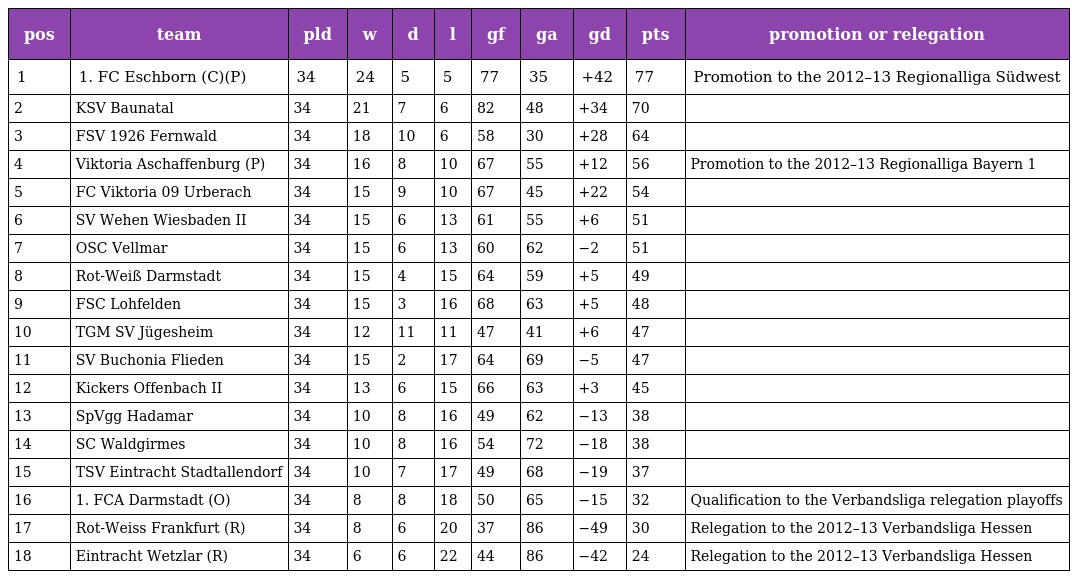
| pos | team | pld | w | d | l | gf | ga | gd | pts | promotion or relegation |
 | --- | --- | --- | --- | --- | --- | --- | --- | --- | --- | --- |
 | 1 | 1. FC Eschborn (C)(P) | 34 | 24 | 5 | 5 | 77 | 35 | +42 | 77 | Promotion to the 2012–13 Regionalliga Südwest |
 | 2 | KSV Baunatal | 34 | 21 | 7 | 6 | 82 | 48 | +34 | 70 |  |
 | 3 | FSV 1926 Fernwald | 34 | 18 | 10 | 6 | 58 | 30 | +28 | 64 |  |
 | 4 | Viktoria Aschaffenburg (P) | 34 | 16 | 8 | 10 | 67 | 55 | +12 | 56 | Promotion to the 2012–13 Regionalliga Bayern 1 |
 | 5 | FC Viktoria 09 Urberach | 34 | 15 | 9 | 10 | 67 | 45 | +22 | 54 |  |
 | 6 | SV Wehen Wiesbaden II | 34 | 15 | 6 | 13 | 61 | 55 | +6 | 51 |  |
 | 7 | OSC Vellmar | 34 | 15 | 6 | 13 | 60 | 62 | −2 | 51 |  |
 | 8 | Rot-Weiß Darmstadt | 34 | 15 | 4 | 15 | 64 | 59 | +5 | 49 |  |
 | 9 | FSC Lohfelden | 34 | 15 | 3 | 16 | 68 | 63 | +5 | 48 |  |
 | 10 | TGM SV Jügesheim | 34 | 12 | 11 | 11 | 47 | 41 | +6 | 47 |  |
 | 11 | SV Buchonia Flieden | 34 | 15 | 2 | 17 | 64 | 69 | −5 | 47 |  |
 | 12 | Kickers Offenbach II | 34 | 13 | 6 | 15 | 66 | 63 | +3 | 45 |  |
 | 13 | SpVgg Hadamar | 34 | 10 | 8 | 16 | 49 | 62 | −13 | 38 |  |
 | 14 | SC Waldgirmes | 34 | 10 | 8 | 16 | 54 | 72 | −18 | 38 |  |
 | 15 | TSV Eintracht Stadtallendorf | 34 | 10 | 7 | 17 | 49 | 68 | −19 | 37 |  |
 | 16 | 1. FCA Darmstadt (O) | 34 | 8 | 8 | 18 | 50 | 65 | −15 | 32 | Qualification to the Verbandsliga relegation playoffs |
 | 17 | Rot-Weiss Frankfurt (R) | 34 | 8 | 6 | 20 | 37 | 86 | −49 | 30 | Relegation to the 2012–13 Verbandsliga Hessen |
 | 18 | Eintracht Wetzlar (R) | 34 | 6 | 6 | 22 | 44 | 86 | −42 | 24 | Relegation to the 2012–13 Verbandsliga Hessen |